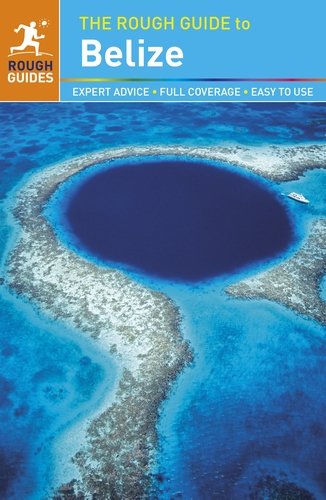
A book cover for The Rough Guide to Belize; Rough Guides; Travel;